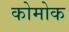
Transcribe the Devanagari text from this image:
कोमोक